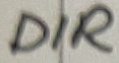
Text: DIR